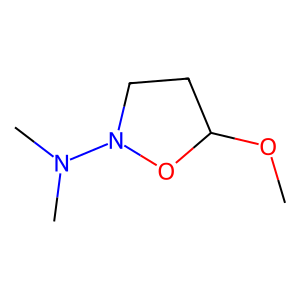
SMILES: COC1CCN(N(C)C)O1
Inhibits HIV replication: No